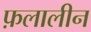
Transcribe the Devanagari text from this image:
फ़लालीन